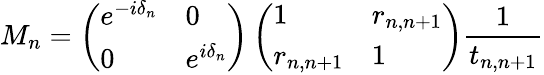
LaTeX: M_{n}=\left(\begin{array}{ll}{e^{-i\delta_{n}}}&{0}\\ {0}&{e^{i\delta_{n}}}\end{array}\right)\left(\begin{array}{ll}{1}&{r_{n,n+1}}\\ {r_{n,n+1}}&{1}\end{array}\right)\frac{1}{t_{n,n+1}}